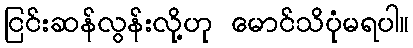
ငြင်းဆန်လွန်းလို့ဟု မောင်သိပုံမရပါ။